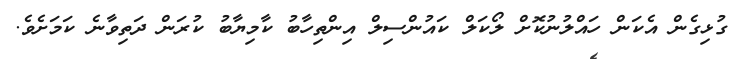
ގުޅިގެން އެކަން ހައްލުނުކޮށް ލޯކަލް ކައުންސިލް އިންތިހާބު ކާމިޔާބު ކުރަން ދަތިވާނެ ކަމަށެވެ.